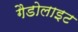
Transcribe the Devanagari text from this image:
गैडोलाइट